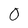
Character: 0